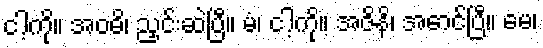
ငါ့ကို။ အဝဓိ၊ ညှင်းဆဲပြီ။ မံ၊ ငါ့ကို။ အဇိနိ၊ အောင်ပြီ။ မေ၊